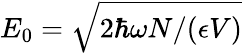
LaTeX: E_{0}=\sqrt{2\hbar\omega N/(\epsilon V)}